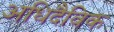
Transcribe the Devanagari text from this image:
अधिदैविक